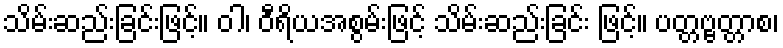
သိမ်းဆည်းခြင်းဖြင့်။ ဝါ၊ ဝီရိယအစွမ်းဖြင့် သိမ်းဆည်းခြင်း ဖြင့်။ ပတ္တဗ္ဗတ္တာစ၊